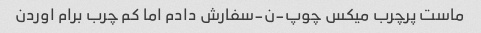
ماست پرچرب میکس چوپ-ن-سفارش دادم اما کم چرب برام اوردن